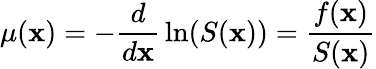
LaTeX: \mu(\mathbf{x})=-{\frac{{d}}{{d\mathbf{x}}}}\ln(S(\mathbf{x}))={\frac{{f(\mathbf{x})}}{{S(\mathbf{x})}}}